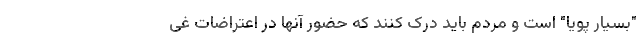
"بسیار پویا" است و مردم باید درک کنند که حضور آنها در اعتراضات غی